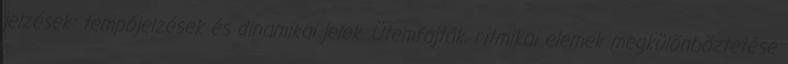
jelzések: tempójelzések és dinamikai jelek. Ütemfajták, ritmikai elemek megkülönböztetése